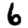
Digit: 6